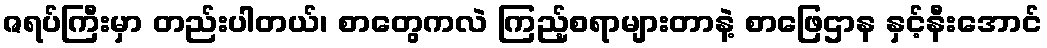
ဇရပ်ကြီးမှာ တည်းပါတယ်၊ စာတွေကလဲ ကြည့်စရာများတာနဲ့ စာဖြေဌာန နှင့်နီးအောင်